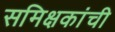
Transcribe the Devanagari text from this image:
समिक्षकांची